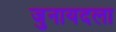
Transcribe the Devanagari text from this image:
जुनायदला